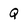
Character: Q